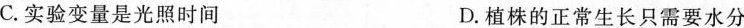
C.实验变量是光照时间 D.植株的正常生长只需要水分